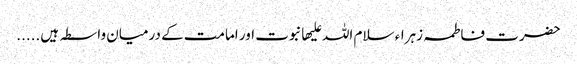
حضرت فاطمہ زہراء سلام اللہ علیھا نبوت اور امامت کے درمیان واسطہ ہیں.....